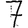
Digit: 7